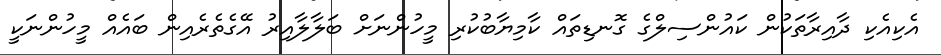
އެކިއެކި ދާއިރާތަކުން ކައުންސިލްގެ ގޮނޑިތައް ކާމިޔާބުކުރި މީހުންނަށް ބަލާލާއިރު އޭގެތެރެއިން ބައެއް މީހުންނަކީ